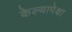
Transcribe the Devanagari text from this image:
केल्यापेक्षा